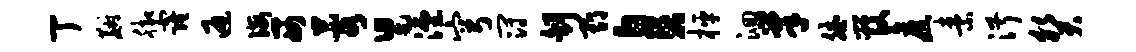
丁麝脚窿通诲西蓉舄湮穹冠舒期臭枰洄巢斌管旧素淑癸